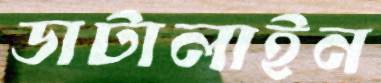
ডাটালাইন